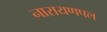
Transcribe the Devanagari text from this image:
नारायणपल